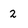
Character: 2